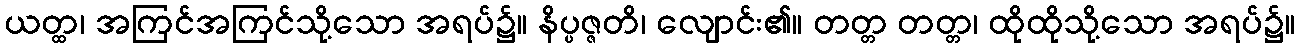
ယတ္ထ၊ အကြင်အကြင်သို့သော အရပ်၌။ နိပ္ပဇ္ဇတိ၊ လျောင်း၏။ တတ္တ တတ္တ၊ ထိုထိုသို့သော အရပ်၌။